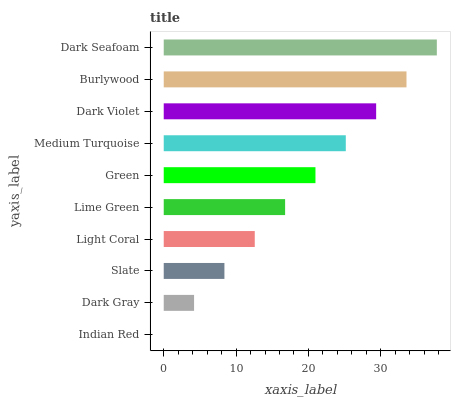
| yaxis_label | bars |
 | --- | --- |
 | Indian Red | 0 |
 | Dark Gray | 4.19 |
 | Slate | 8.39 |
 | Light Coral | 12.6 |
 | Lime Green | 16.8 |
 | Green | 21 |
 | Medium Turquoise | 25.2 |
 | Dark Violet | 29.4 |
 | Burlywood | 33.6 |
 | Dark Seafoam | 37.7 |